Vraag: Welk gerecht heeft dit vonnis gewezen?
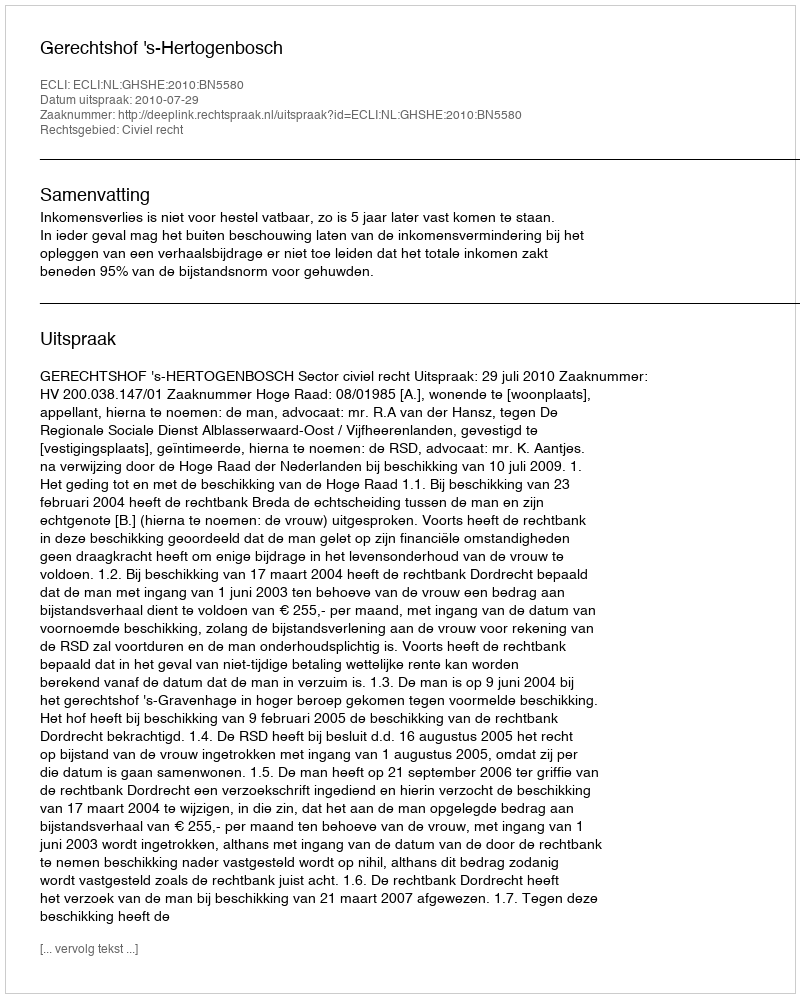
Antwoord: Gerechtshof 's-Hertogenbosch